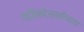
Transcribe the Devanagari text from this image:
परिषदेसाठीच्यता